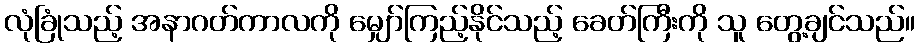
လုံခြုံသည့် အနာဂတ်ကာလကို မျှော်ကြည့်နိုင်သည့် ခေတ်ကြီးကို သူ တွေ့ချင်သည်။